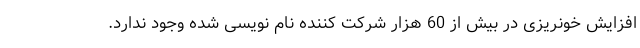
افزایش خونریزی در بیش از 60 هزار شرکت کننده نام نویسی شده وجود ندارد.